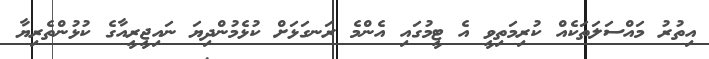
އިތުރު މައްސަލަތަކެއް ކުރިމަތިވީ އެ ޓީމުގައި އެންމެ ރަނގަޅަށް ކުޅެމުންދިޔަ ނައިޖީރީއާގެ ކުޅުންތެރިޔާ